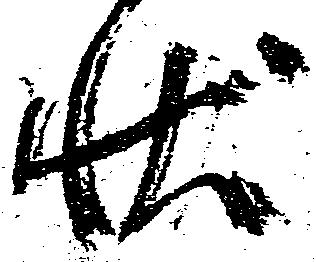
状